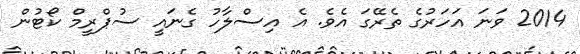
2014 ވަނަ އަހަރުގެ ތެރޭގަ އެވެ. އެ އިސްލާހު ގެނައީ ސުޕްރީމް ކޯޓުން